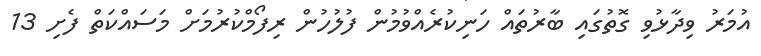
އުމަރު ވިދާޅުވި ގޮތުގައި ބާރުތައް ހަނިކުރެއްވުމުން ފުލުހުން ރިފޯމްކުރުމަށް މަސައްކަތް ފެށި 13